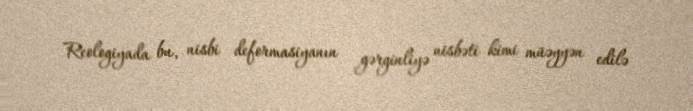
Reologiyada bu, nisbi deformasiyanın gərginliyə nisbəti kimi müəyyən edilə